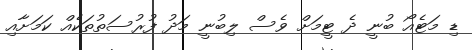
ޑި މަޓެއޯ ބުނީ ދެ ޓީމަށް ވެސް ލިބުނީ މަދު ފުރުސަތުތަކެއް ކަމަށާއި